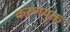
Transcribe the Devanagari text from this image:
करणयुक्त